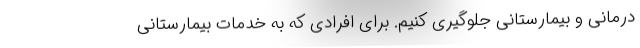
درمانی و بیمارستانی جلوگیری کنیم. برای افرادی که به خدمات بیمارستانی